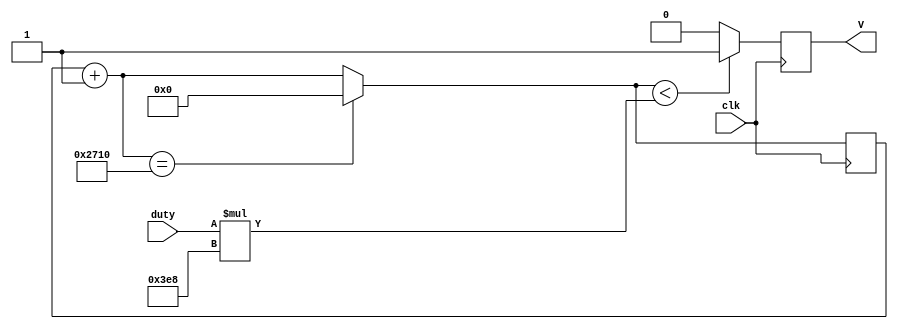

module assgn2(input wire clk, input wire[3:0] duty,output reg V);

reg[26:0] delay;



	always@(posedge clk) begin
	delay = delay+1;
		if(delay==10000)
		begin
		delay = 0;
		end
		if(delay<(duty*1000)) begin
			V = 1;
			end
		else
		begin
			V = 0;
		end
	end
endmodule